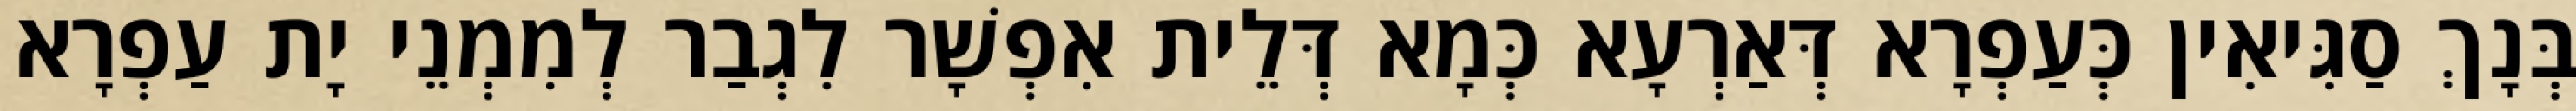
בְּנָךְ סַגִּיאִין כְּעַפְרָא דְּאַרְעָא כְּמָא דְּלֵית אִפְשָׁר לִגְבַר לְמִמְנֵי יָת עַפְרָא